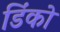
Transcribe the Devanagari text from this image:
डिंको